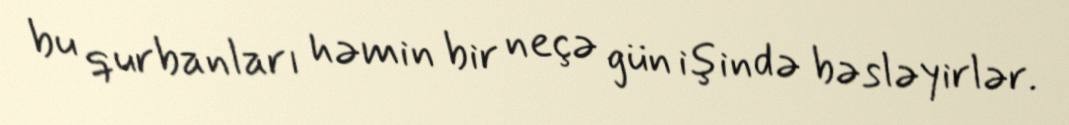
bu qurbanları həmin bir neçə gün işində bəsləyirlər.